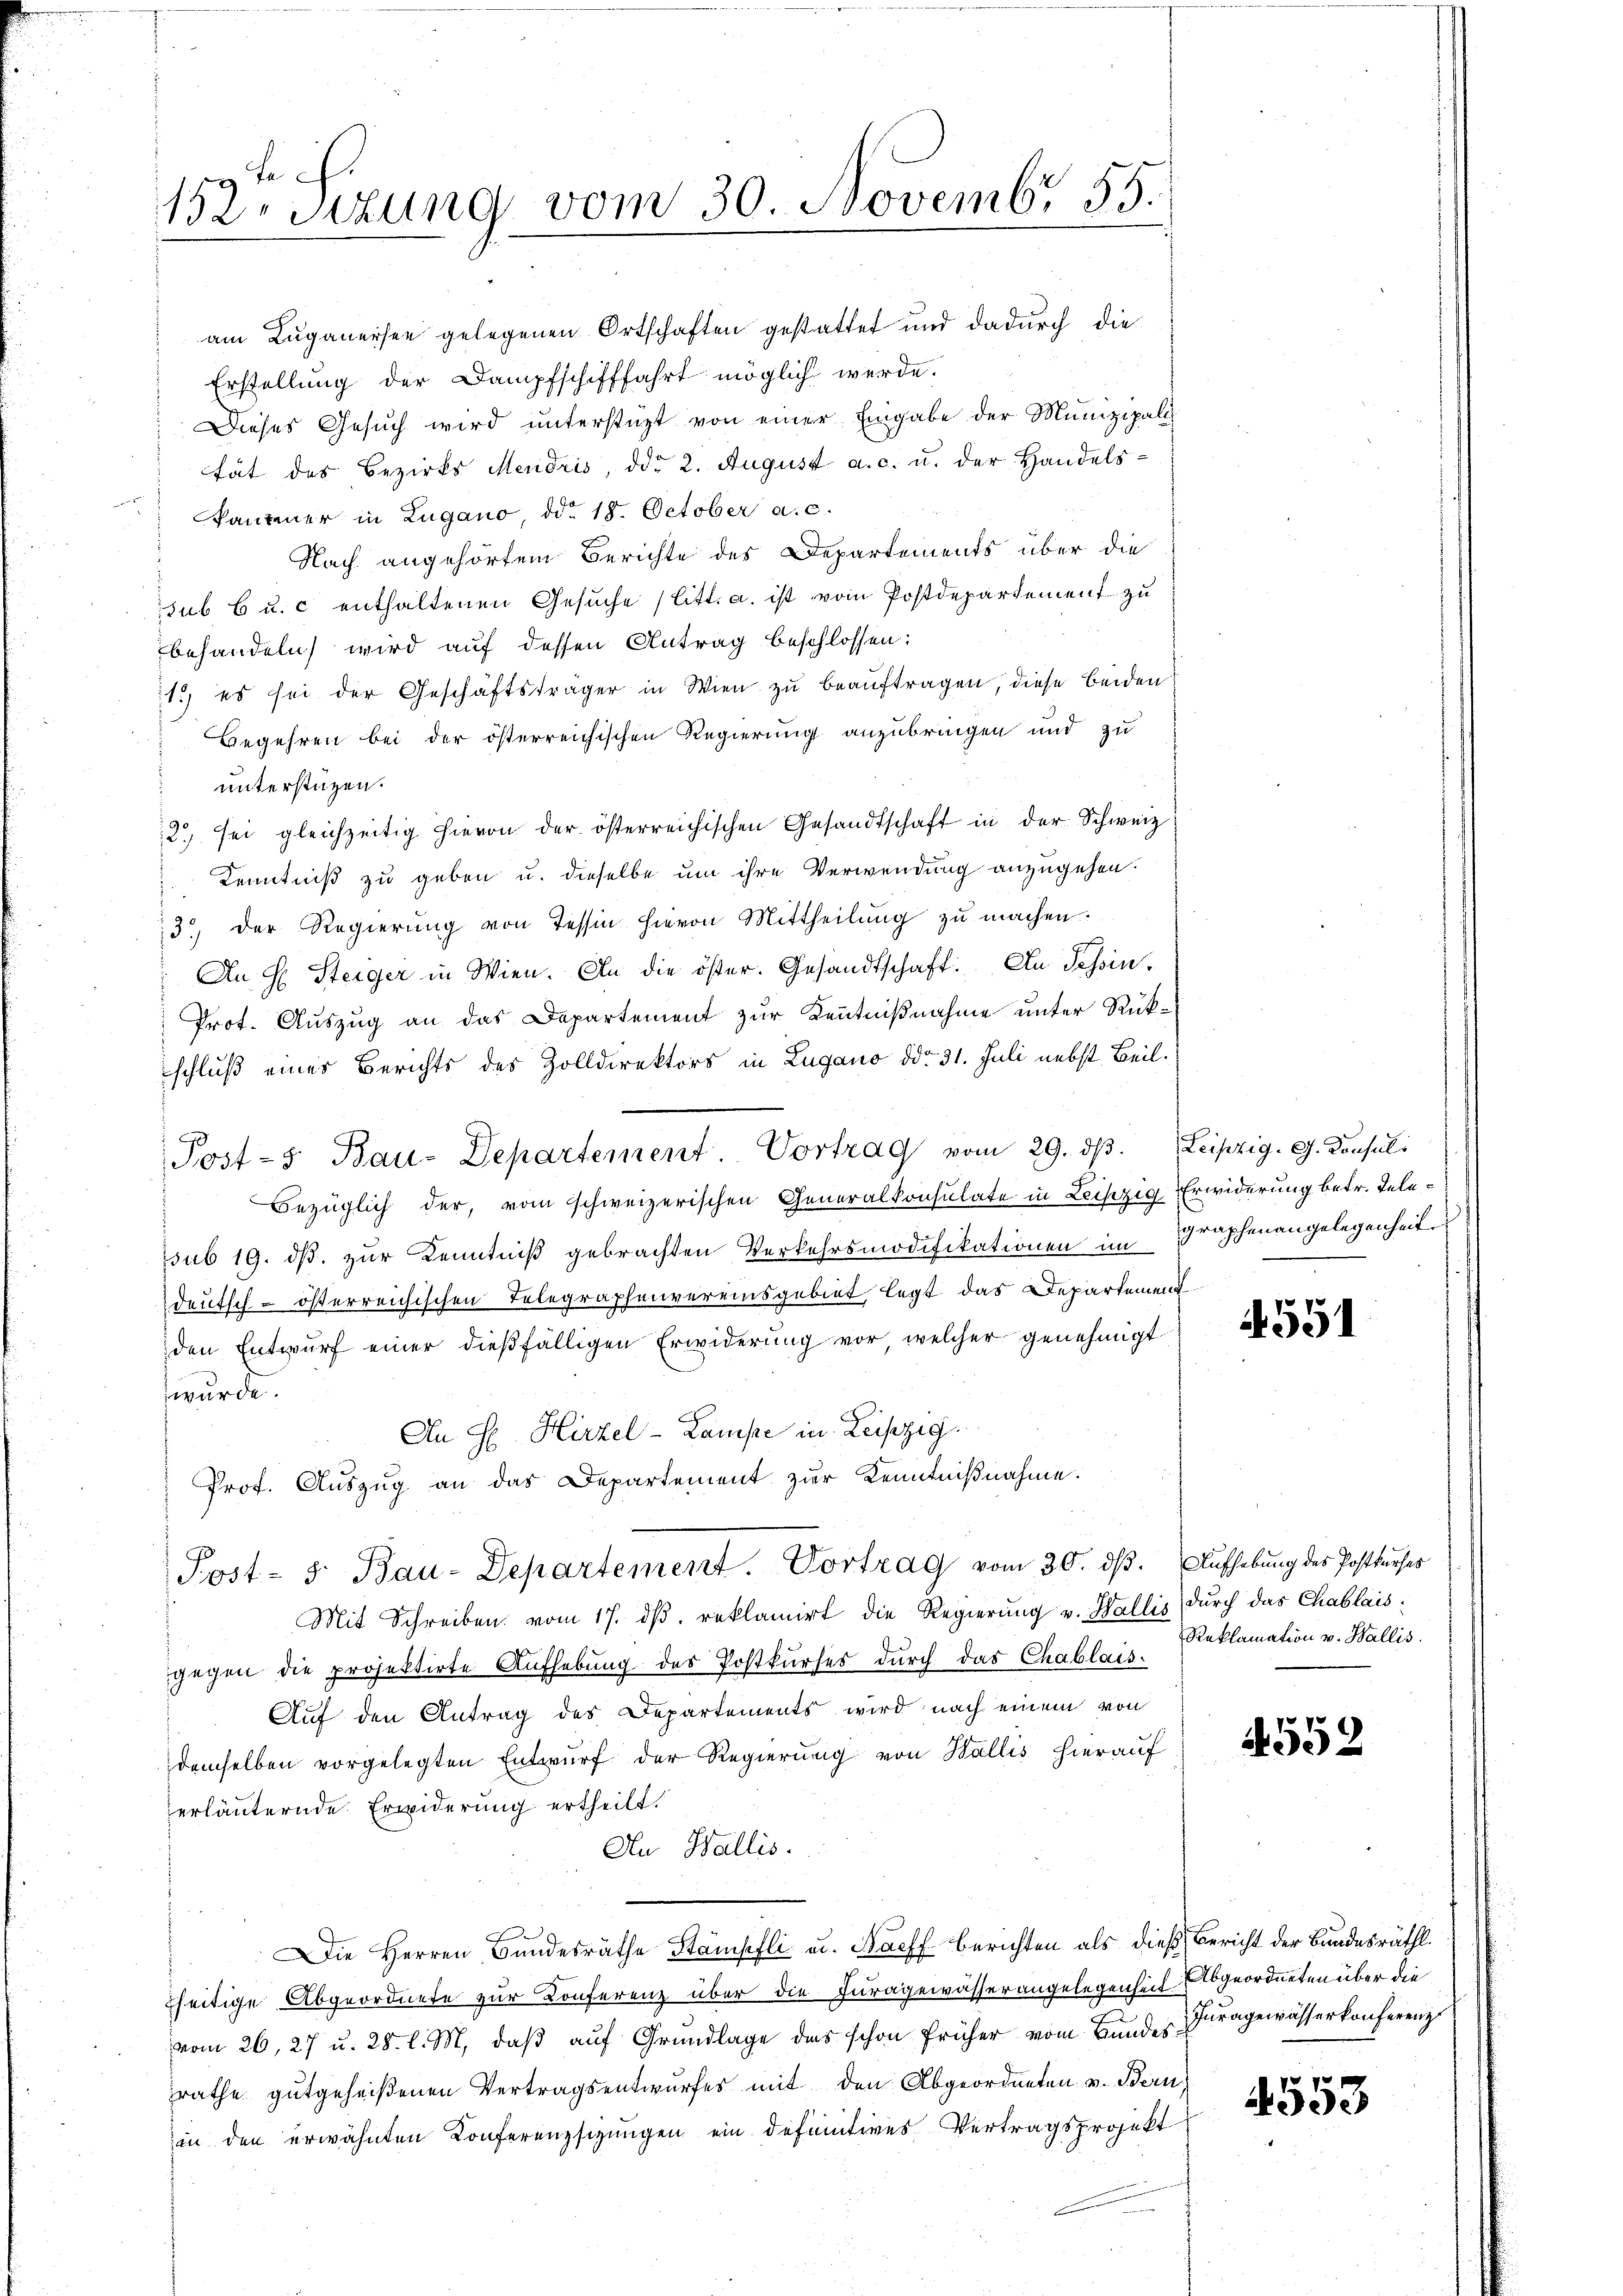
152te Sizung vom 30. Novembr. 55.

am Luganersee gelegenen Ortschaften gestattet und dadurch die
Erstellung der Dampfschifffahrt möglich werde.
Dieses Gesuch wird unterstüzt von einer Eingabe der Munizipali
tät des Bezirks Mendris, ddo 2. August a. c. u. der Handels-
kammer in Lugano, ddo 18. October a. c.
Nach angehörtem Berichte des Departements über die
sub 6 u. c enthaltenen Gesuche (litt. a. ist vom Postdepartement zu
behandeln wird auf dessen Antrag beschlossen:
1.) es sei der Geschäftsträger in Wien zu beauftragen, diese beiden
Begehren bei der österreichischen Regierung anzubringen und zu
unterstüzen.
2) sei gleichzeitig hievon der österreichischen Gesandtschaft in der Schweiz
Kenntniß zu geben u. dieselbe um ihre Verwendung anzugehen.
3) der Regierung von Tessin hievon Mittheilung zu machen.
An H. Steiger in Wien. An die öster. Gesandtschaft. An Schin¬
Prot. Auszug an das Departement zur Kenntnißnahme unter Rückschluß eines Berichts des Zolldirektors in Lugano ddo 31. Juli nebst Beil.
Post-5 Bau-Departement. Vortrag vom 29. dβ. Leipzig. G. Consuli
Bezüglich der, vom schweizerischen Generalkonsulate in Leiszig Erwiderung betr. Telesub 19. ds. zur Kenntniß gebrachten Verkehrsmodifikationen im Graphenangelegenheit
deutsch-österreichischen Telegraphenvereinsgebiet, legt das Departement
den Entwurf einer dießfälligen Erwiderung vor, welcher genehmigt
wurde.
An Hr. Hirzel-Lauise in Leipzig
Prof. Auszug an das Departement zur Kenntnißnahme.
Post- 5. Bau-Departement. Vortrag vom 30. dβ. Aufhebung des Postkŭrses
Mit Schreiben vom 17. ds. reklamirt die Regierung v. Wallis, durch das Chablaisgegen die projektirte Aufhebung des Postkurses durch das Chablais-
Auf den Antrag des Departements wird nach einem von
demselben vorgelegten Entwurf der Regierung von Wallis hierauf
erläuternde Erwiderung ertheilt.
An Wallis.
f
Die Herren Bundesräthe Stampfli u. Nach Berichten als dieß Bericht der Bundesräthl.
seitige Abgeordnete zur Konferenz über die Furagewässerangelegenheit Abgeordneten über die
vom 26. 27 u. 28. l. M. daβ aŭf Grŭndlage das schon früher vom Bundes Fragewässerkonferenz
rathe gutgeheißenen Vertragsentwurfes mit den Abgeordneten v. Bern
in den erwähnten Conferenzsizungen ein definitives Vertragsprojekt

551

Reklamation v. Wallis.

552

4553